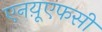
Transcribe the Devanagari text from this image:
एनय़ूएफसी